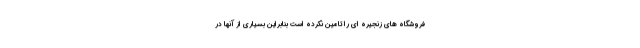
فروشگاه های زنجیره ای را تامین نکرده است بنابراین بسیاری از آنها در